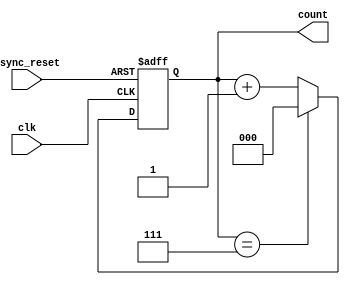
module mod_n_async_counter #(
    parameter N = 8 // Define the Mod-N value (must be a power of 2 for this design)
) (
    input wire clk,          // Clock input
    input wire async_reset,  // Asynchronous reset input
    output reg [2:0] count   // Counter output (3 bits for Mod-8)
);

    // Internal signal to detect overflow
    wire overflow;

    // Asynchronous reset and counting logic
    always @(posedge clk or posedge async_reset) begin
        if (async_reset) begin
            count <= 3'b000; // Reset the counter to 0
        end else begin
            if (overflow) begin
                count <= 3'b000; // Reset to 0 on overflow
            end else begin
                count <= count + 1; // Increment the counter
            end
        end
    end

    // Overflow detection logic
    assign overflow = (count == (N - 1)); // Detect when count reaches N-1

endmodule